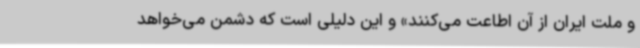
و ملت ایران از آن اطاعت می‌کنند» و این دلیلی است که دشمن می‌خواهد